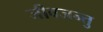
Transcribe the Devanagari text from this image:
जीवजन्तु